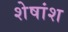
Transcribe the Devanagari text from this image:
शेषांश